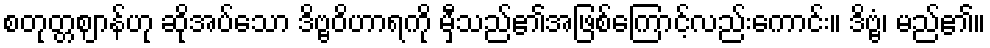
စတုတ္တဈာန်ဟု ဆိုအပ်သော ဒိဗ္ဗဝိဟာရကို မှီသည်၏အဖြစ်ကြောင့်လည်းကောင်း။ ဒိဗ္ဗံ၊ မည်၏။